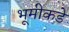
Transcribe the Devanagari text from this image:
भूमीकडे